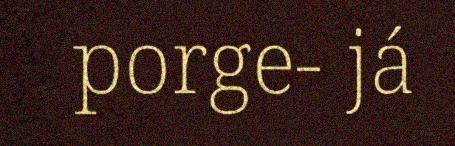
porge- já